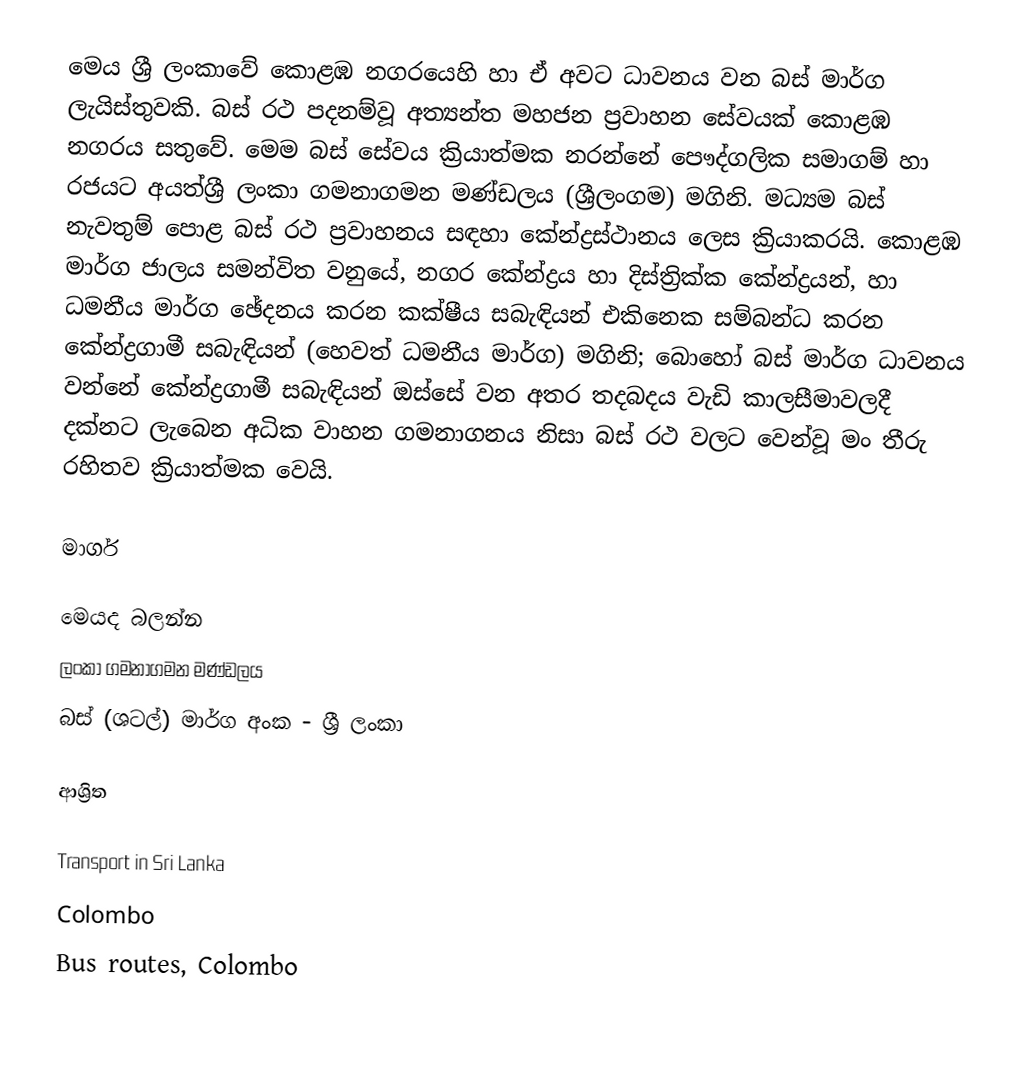
මෙය   ශ්‍රී ලංකාවේ කොළඹ නගරයෙහි හා ඒ අවට ධාවනය වන බස් මාර්ග ලැයිස්තුවකි. බස් රථ පදනම්වූ අත්‍යන්ත මහජන ප්‍රවාහන සේවයක් කොළඹ නගරය සතුවේ. මෙම බස් සේවය ක්‍රියාත්මක නරන්නේ පෞද්ගලික සමාගම් හා රජයට අයත්ශ්‍රී ලංකා ගමනාගමන මණ්ඩලය (ශ්‍රීලංගම) මගිනි. මධ්‍යම බස් නැවතුම් පොළ බස් රථ ප්‍රවාහනය සඳහා කේන්ද්‍රස්ථානය ලෙස ක්‍රියාකරයි. කොළඹ මාර්ග ජාලය සමන්විත වනුයේ, නගර කේන්ද්‍රය හා දිස්ත්‍රික්ක කේන්ද්‍රයන්, හා ධමනීය මාර්ග ඡේදනය කරන කක්ෂීය සබැඳියන් එකිනෙක සම්බන්ධ කරන ‍කේන්ද්‍රගාමී සබැඳියන් (හෙවත් ධමනීය මාර්ග) මගිනි; බොහෝ බස් මාර්ග ධාවනය වන්නේ කේන්ද්‍රගාමී සබැඳියන් ඔස්සේ වන අතර තදබදය වැඩි කාලසීමාවලදී දක්නට ලැබෙන අධික වාහන ගමනාගනය නිසා බස් රථ වලට වෙන්වූ මං තීරු රහිතව ක්‍රියාත්මක වෙයි.

මාර්ග

මෙයද බලන්න
ලංකා ගමනාගමන මණ්ඩලය
බස් (ශටල්) මාර්ග අංක - ශ්‍රී ලංකා

ආශ්‍රිත

Transport in Sri Lanka
Colombo
Bus routes, Colombo